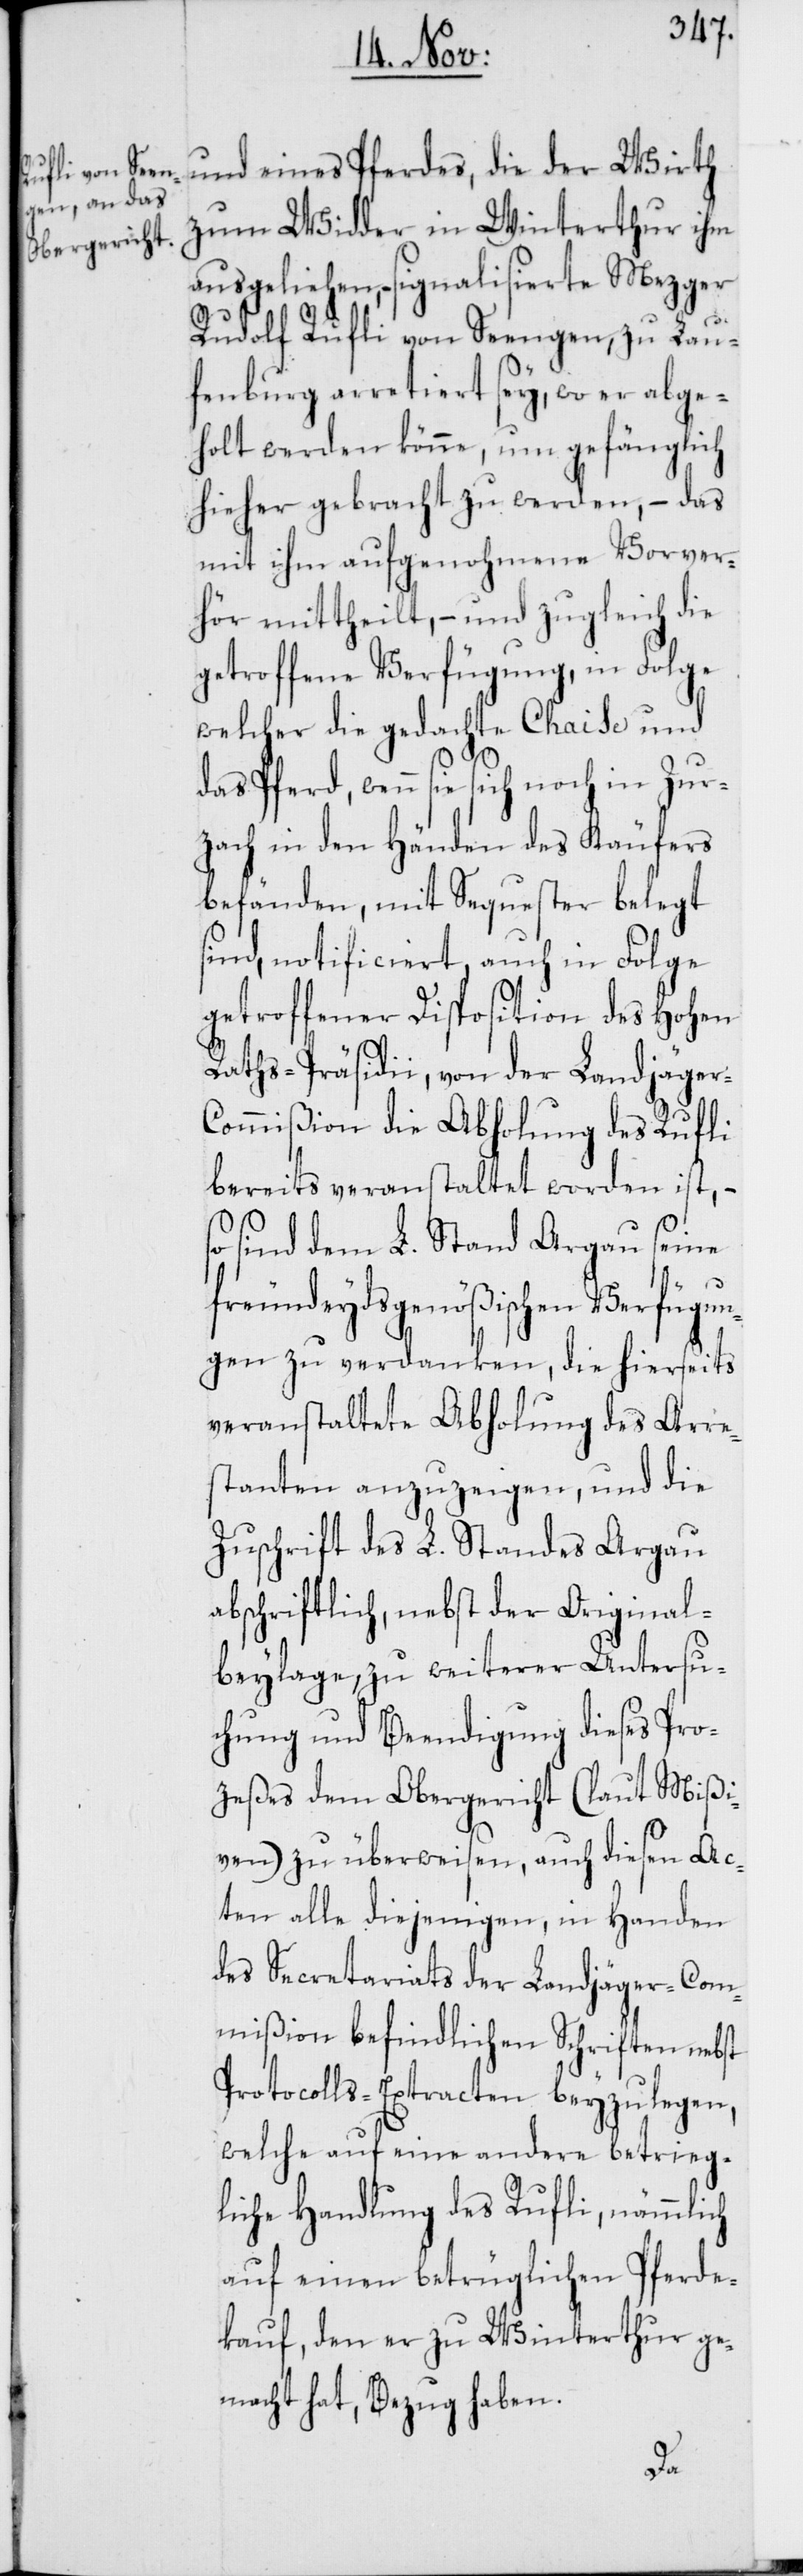
und eines Pferdes, die der Wirth
zum Widder in Winterthur ihm
ausgeliehen, – signalisierte Mezger
Rudolf Rufli von Seengen, zu Lau¬
fenburg arretiert sey, wo er abge¬
holt werden könne, um gefänglich
hieher gebracht zu werden, – das
mit ihm aufgenohmene Vorver¬
hör mittheilt, – und zugleich die
getroffene Verfügung, in Folge
welcher die gedachte Chaise und
das Pferd, wenn sie sich noch in Zur¬
zach in den Händen des Käufers
befänden, mit Sequester belegt
sind, notificiert, auch in Folge
getroffener Disposition des Hohen
Raths-Präsidii, von der Landjäge¬
ommißion die Abholung des Rufli
bereits veranstaltet worden ist, –
so sind dem L. Stand Argau seine
freundeydsgenößischen Verfügun¬
gen zu verdanken, die hierseits
veranstaltete Abholung des Arre¬
stanten anzuzeigen, und die
Zuschrift des L. Standes Argau
abschriftlich, nebst der Original¬
beylage, zu weiterer Untersu¬
chung und Beendigung dieses Pro¬
zeßes dem Obergericht (laut Mißi¬
ven) zu überweisen, auch diesen Ac¬
ten alle diejenigen, in Handen
des Secretariats der Landjäger-Com¬
mißion befindlichen Schriften nebst
Protocolls-Extracten beyzulegen,
welche auf eine andere betrieg¬
liche Handlung des Rufli, nämmlich
auf einen betrüglichen Pferde¬
kauf, den er zu Winterthur ge¬
macht hat, Bezug haben.
r-C¬